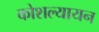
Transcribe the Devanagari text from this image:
कोशल्यायन